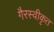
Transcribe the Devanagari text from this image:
गैरस्वीकृत